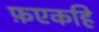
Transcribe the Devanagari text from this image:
फ़एकहि